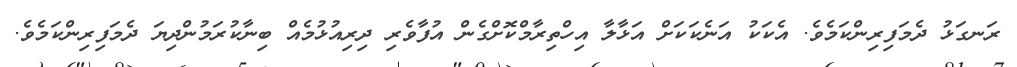
ރަނގަޅު ދެމަފިރިންކަމެވެ. އެކަކު އަނެކަކަށް އަޅާލާ އިހްތިރާމްކޮށްގެން އުފާވެރި ދިރިއުޅުމެއް ބިނާކުރަމުންދިޔަ ދެމަފިރިންކަމެވެ.